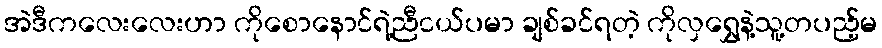
အဲဒီကလေးလေးဟာ ကိုစောနောင်ရဲ့ညီငယ်ပမာ ချစ်ခင်ရတဲ့ ကိုလှရွှေနဲ့သူ့တပည့်မ